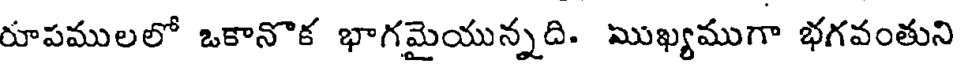
రూపములలో ఒకానొక భాగమైయున్నది. ముఖ్యముగా భగవంతుని